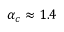
\alpha _ { c } \approx 1 . 4